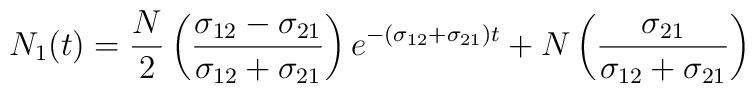
N_{1}(t)=\frac{N}{2}\left(\frac{\sigma_{12}-\sigma_{21}}{\sigma_{12}+\sigma_{21}}\right) e^{-(\sigma_{12}+\sigma_{21})t} + N\left(\frac{\sigma_{21}}{\sigma_{12}+\sigma_{21}}\right)